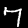
Label: 7